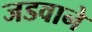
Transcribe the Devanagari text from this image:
जडवाने